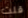
قلت